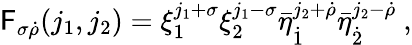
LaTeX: \mathsf{F}_{\sigma\dot{{\rho}}}(j_{1},j_{2})=\xi_{1}^{j_{1}+\sigma}\xi_{2}^{j_{1}-\sigma}\bar{{\eta}}_{\dot{{1}}}^{j_{2}+\dot{{\rho}}}\bar{{\eta}}_{\dot{{2}}}^{j_{2}-\dot{{\rho}}}\ ,